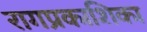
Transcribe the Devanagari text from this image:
रागप्रकाशिका